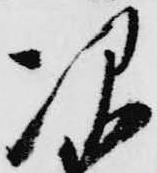
次